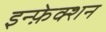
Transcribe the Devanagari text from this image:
इन्फ़ेक्शन